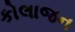
કોલાજન